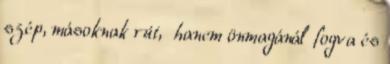
szép, másoknak rút, hanem önmagánál fogva és